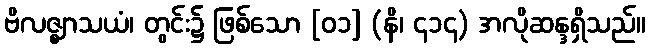
ဗိလဇ္ဈာသယံ၊ တွင်း၌ ဖြစ်သော [၀၁] (နိ၊ ၄၁၄) အလိုဆန္ဒရှိသည်။